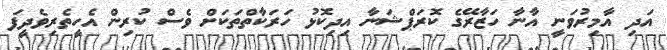
އަދި އާމިރުވަނީ އާނާ ހަޒާރޭގެ ކޮރަޕްޝަނާ އިދިކޮޅު ހަރަކާތްތަކަށް ވެސް ކުރިން އެހީތެރިވެދީފަ